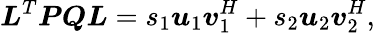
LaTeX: \boldsymbol{L}^{T}\boldsymbol{P}\boldsymbol{Q}\boldsymbol{L}=s_{1}\boldsymbol{u}_{1}\boldsymbol{v}_{1}^{H}+s_{2}\boldsymbol{u}_{2}\boldsymbol{v}_{2}^{H},